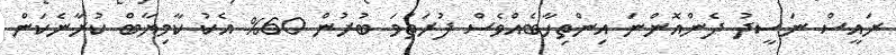
ރައީސް ނަސީދު ދެންއޮންނަ އިންތިހާބެއްވެސް ފުރަތަމަ ބުރުން 60% އެކު ކާމިޔާބް ކުރާނެކަން